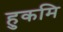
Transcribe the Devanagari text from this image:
हुकमि